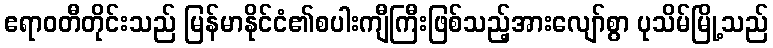
ဧရာဝတီတိုင်းသည် မြန်မာနိုင်ငံ၏စပါးကျီကြီးဖြစ်သည့်အားလျော်စွာ ပုသိမ်မြို့သည်